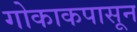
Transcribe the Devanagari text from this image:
गोकाकपासून